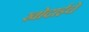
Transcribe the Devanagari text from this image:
खोदाईचे